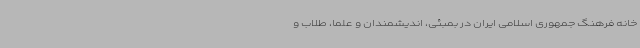
خانه فرهنگ جمهوری اسلامی ایران در بمبئی، اندیشمندان و علما، طلاب و